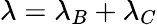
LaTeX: \lambda=\lambda_{B}+\lambda_{C}